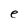
Character: e